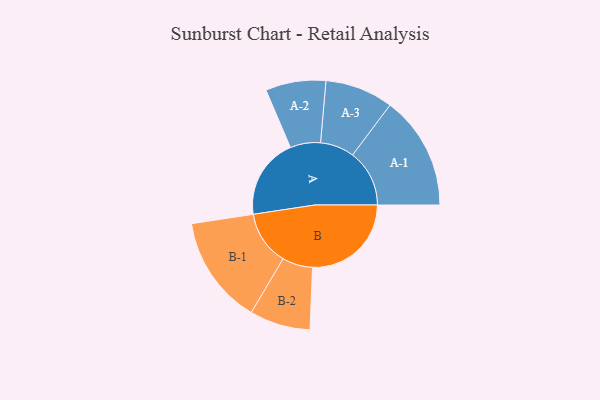
{"axis": {"x": "Segment", "y": "Value"}, "legend": ["", "A", "B"], "data": [{"x": "A", "y": 351, "type": ""}, {"x": "B", "y": 429, "type": ""}, {"x": "A-1", "y": 247, "type": "A"}, {"x": "A-2", "y": 131, "type": "A"}, {"x": "A-3", "y": 148, "type": "A"}, {"x": "B-1", "y": 236, "type": "B"}, {"x": "B-2", "y": 132, "type": "B"}]}